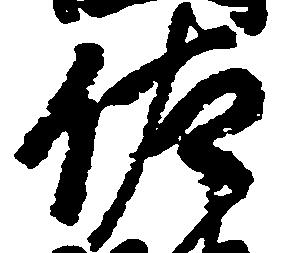
佐